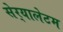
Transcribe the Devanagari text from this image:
सेर्‍यालेटम